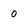
Character: 0